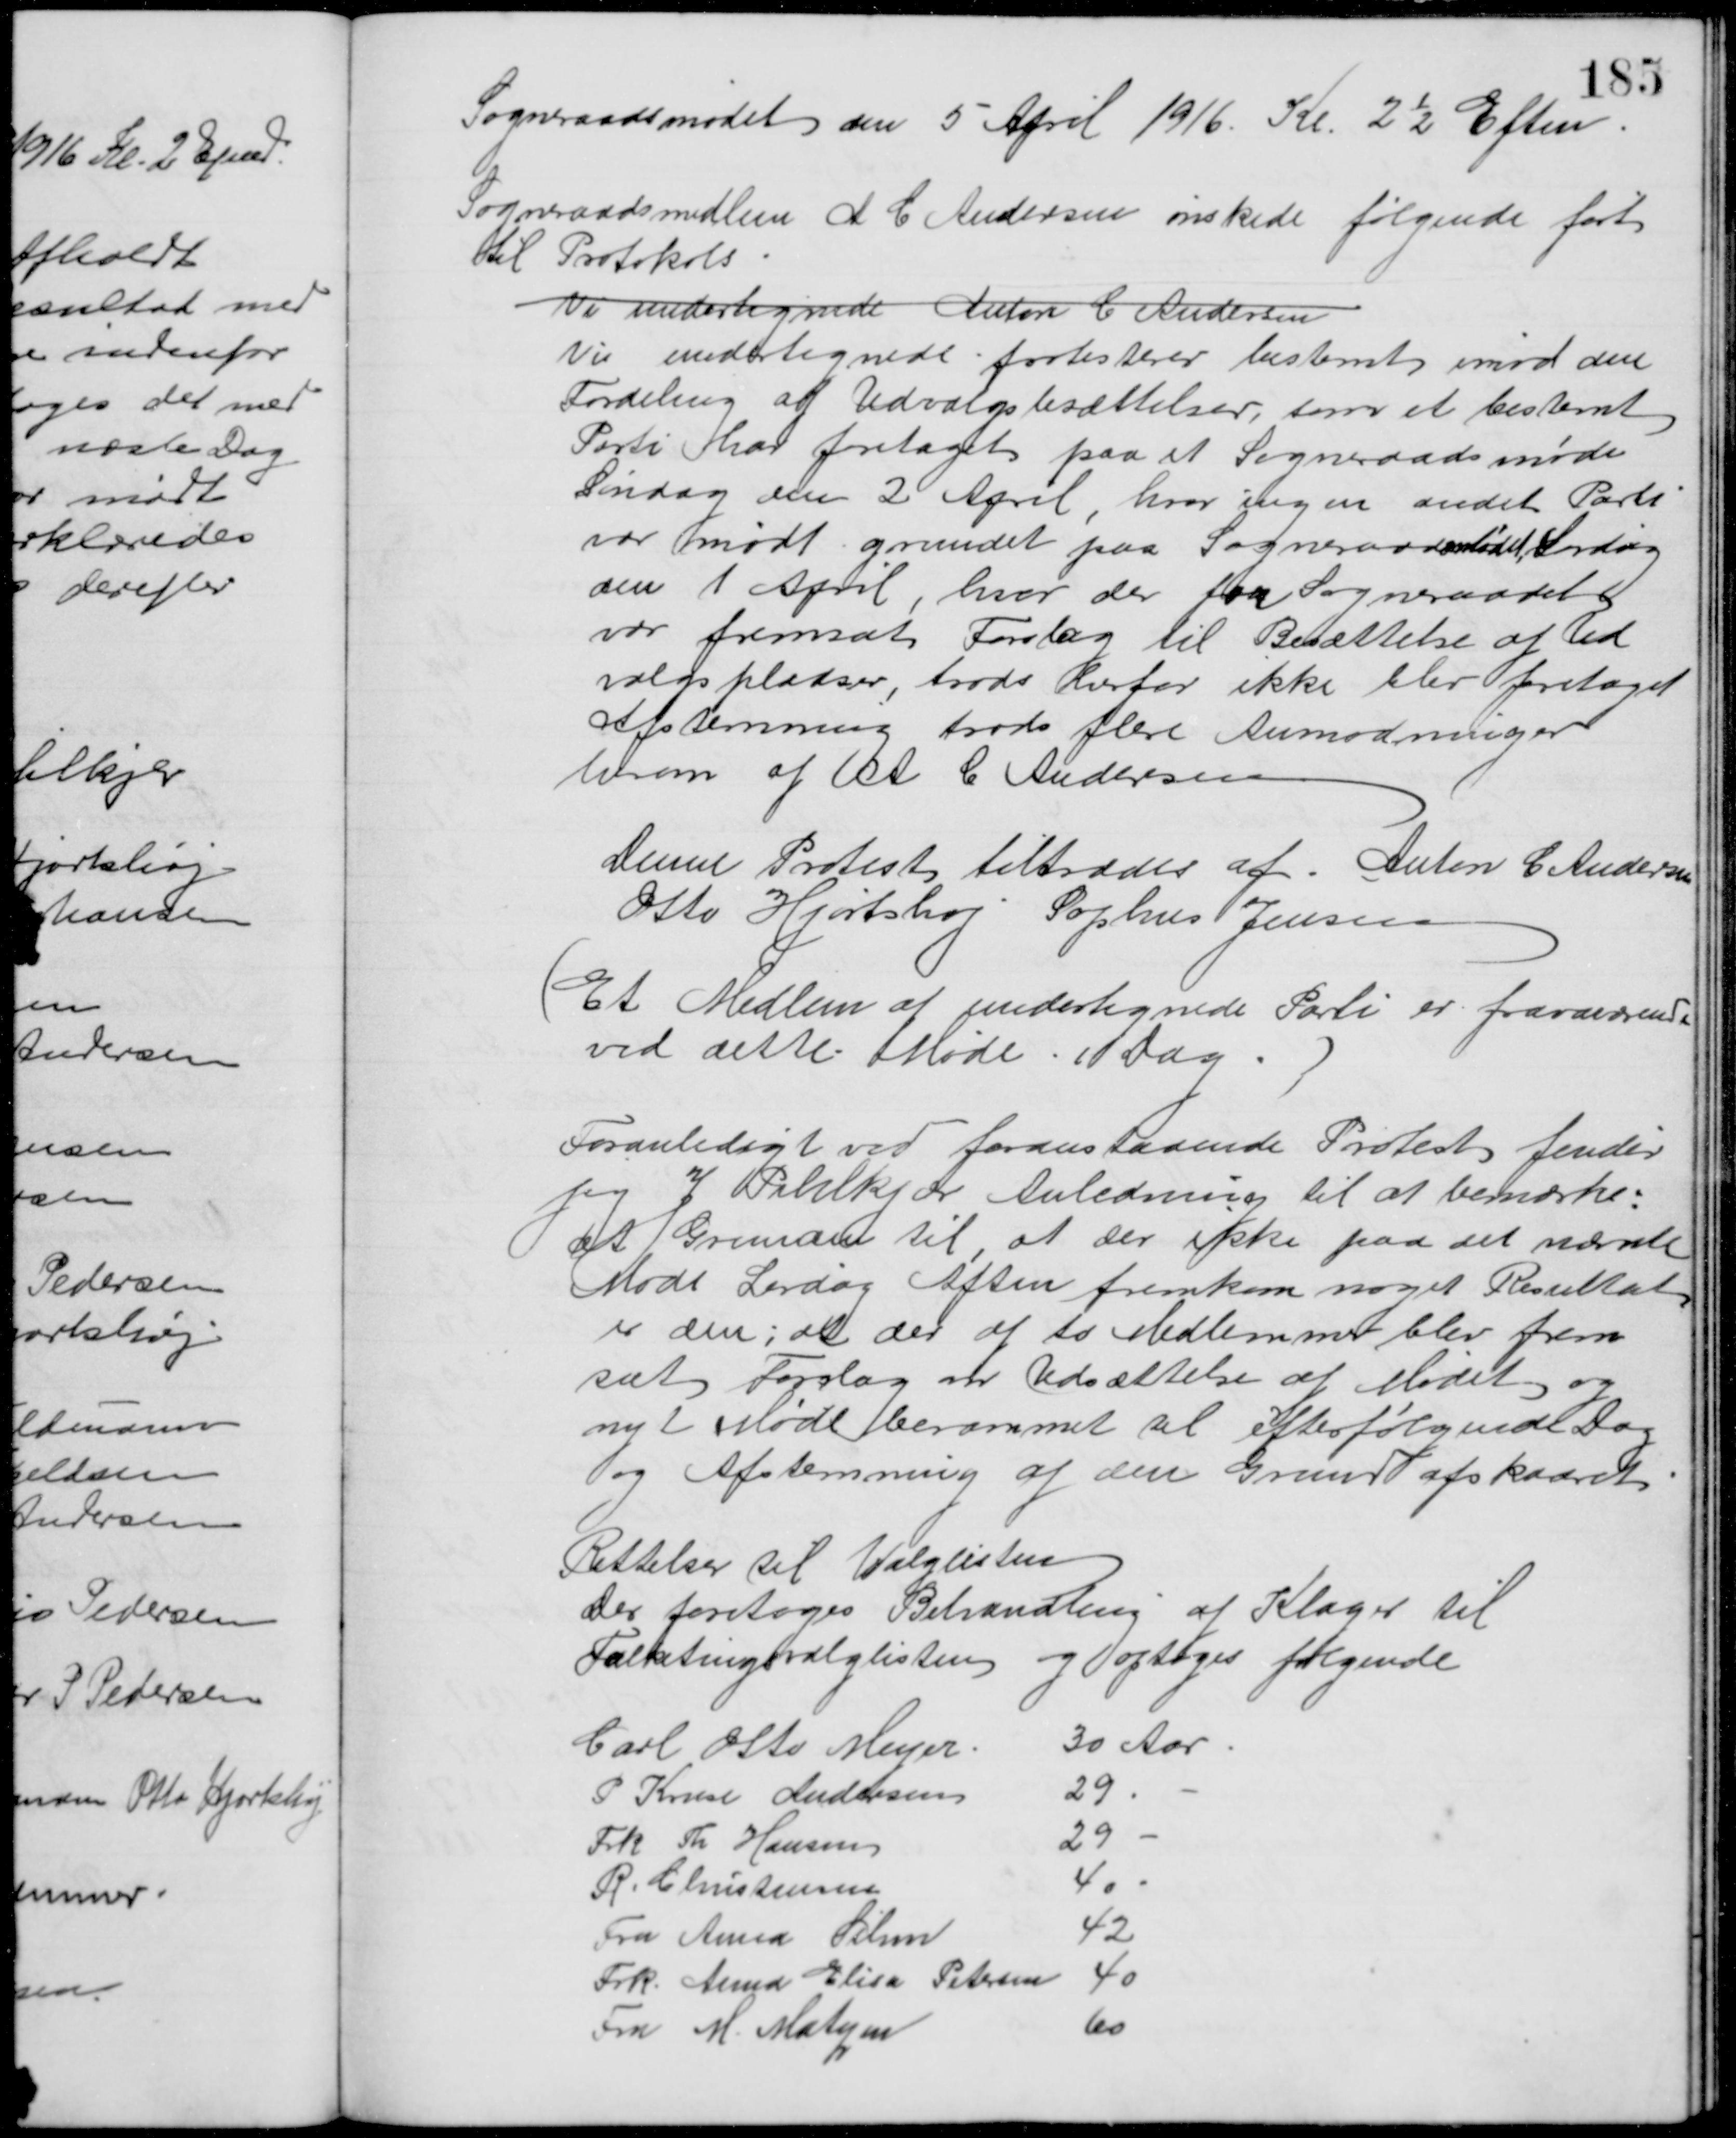
Transskription:
Sogneraadsmødet den 5 April 1916. Kl 2½ Eftm.
Sogneraadsmedlem A C Andersen ønskede følgende ført
til Protokols
Vi undertegnede Anton C Andersen
Vi undertegnede protesterer bestemt imod den 
Fordeling af Udvalgsbesættelser, som et bestemt
Parti har foretaget paa et Sogneraadsmøde
Søndag den 2 April, hvor ingen andet Parti
var mødt grundet paa Sogneraadsmødet Lørdag
den 1 April, hvor der paa Sogneraadet
var fremsat Forslag til Besættelse af Ud
valgspladser, trods herfor ikke blev foretaget 
Afstemming trods flere Anmodninger
herom af A C Andersen
Denne Protest tiltrædes af Anton C. Andersen
Otto Hjortshøj Sophus Jensen
(Et Medlem af undertegnede Parti er fraværerende
ved dette Møde i Dag.)
Foranledigt ved foranstaaende Protest finder
jeg J Pihlkjær Anledning til at bemærke:
at Grunden til, at der ikke paa det nævnte
Møde Lørdag Aften fremkom noget Resultat
er den; at der af to Medlemmer blev frem
sat Forslag om Udsættelse af Mødet og 
nyt Møde berammet til efterfølgende Dag 
og Afstemning af den Grund afskaaret
Rettelser til Valglisten
Der foretoges Behandling af Klager til
Folketingsvalglisten og optoges følgende
Carl Otto Meyer
30 Aar
P Kruse Andersen
29
Frk Th. Hansen
29
R. Christensen
40
Fru Anna Sihm
42
Frk. Anna Elisa Petersen
40
Fru M. Matzen
60